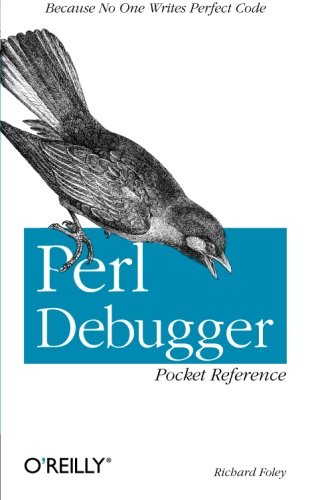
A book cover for Perl Debugger Pocket Reference; Richard Foley; Computers & Technology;